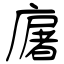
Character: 廜